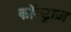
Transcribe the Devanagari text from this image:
कॉन्ट्राज़